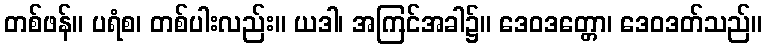
တစ်ဖန်။ ပရံစ၊ တစ်ပါးလည်း။ ယဒါ၊ အကြင်အခါ၌။ ဒေဝဒတ္တော၊ ဒေဝဒတ်သည်။